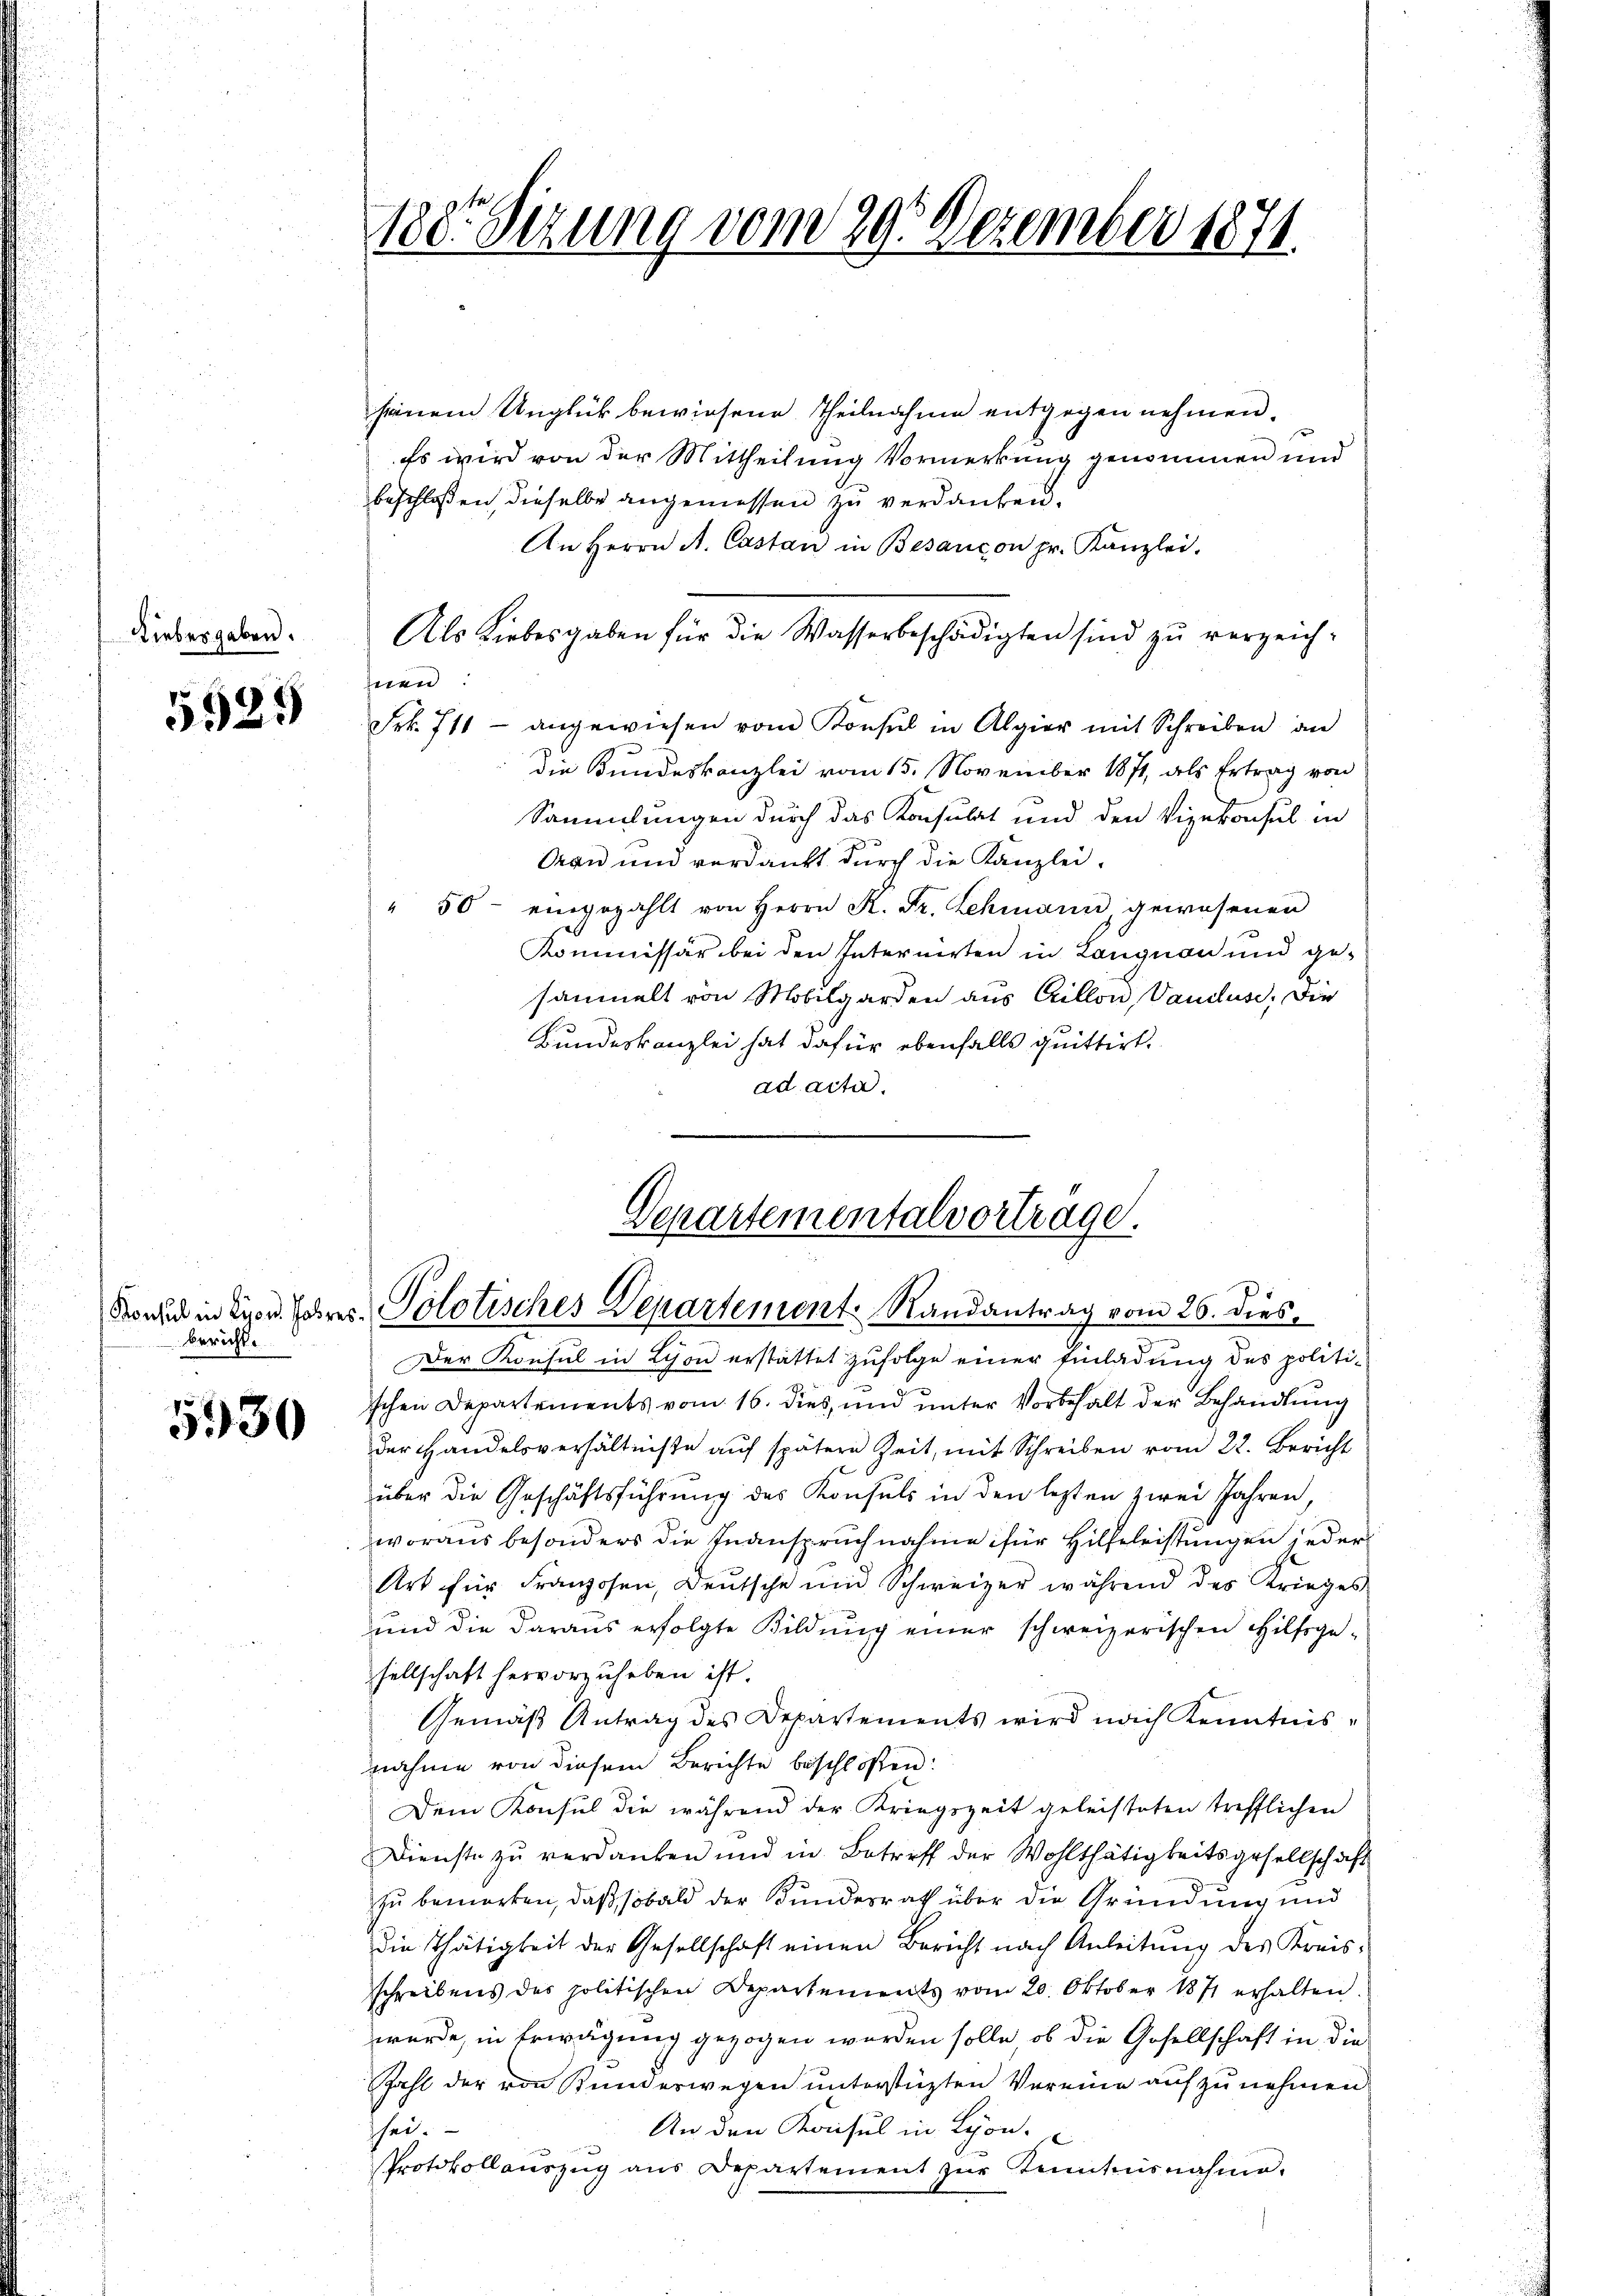
Liebesgaben.

5929

bericht.

5930

180. Sitzung vom 29. Dezember 1871.

seinem Unglück bewiesene Theilnahme entgegen nehmen.
Es wird von der Mittheilung Vormerkung genommen und
beschloßen, dieselbe angemessen zu verdanken.
An Herrn A. Castan in Besançon pr. Kanzlei.
Als Liebesgaben für die Wasserbeschädigten sind zŭ verzeichnen:
Frk. 711 - angewiesen vom Konsul in Algier mit Schreiben an
Die Bundeskanzlei vom 15. November 1871, als Ertrag von
Sammlungen durch das Konsulat und den Vizekonsul in
Seen und verdankt durch die Kanzlei-
" 50- eingezahlt von Herrn K. Fr. Lehmann, gewesenen
Kommissär bei den Internirten in Langnau und gesammelt von Mobilgarden aus Gillon, Vaudlus, die
Bundeskanzlei hat dafür ebenfalls quittirt.
ad acta.

Departementalvortrage.
Fond in die v. Jahres Polotisches Departement. Randantrag vom 26. dies¬

Der Konsul in Schon erstattet zufolge einer Einladung des politischen Departements vom 16. dies, und unter Vorbehalt der Behandlung
der Handelsverhältnisse aŭf spätere Zeit, mit Schreiben vom 22. Bericht
über die Geschäftsführung des Konsuls in den letzten zwei Jahren,
woraus besonders die Inanspruchnahme für Hilfeleistungen jeder
Art für Franzosen, Deutsche und Schweizer während des Krieges
und die daraus erfolgte Bildung einer schweizerischen Hilfsgesellschaft hervorzuheben ist.
Gemäß Antrag des Departements wird nach Kenntnisnahme von diesem Berichte beschlossen:
Dein Konsul die während der Kriegszeit geleisteten trefflichen
Dienste zŭ verdanken und in Betreff der Wohlthätigkeitsgesellschaft
zu bemerken, daß sobald der Bunderrath über die Gründung und
die Thätigkeit der Gesellschaft einen Bericht nach Anleitung des Kreisschreibens des politischen Departements vom 20. Oktober 1871 erhalten.
wurde, in Erwägung gezogen worden solle, ob die Gesellschaft in die
Zahl der von Bunderwegen unterstützten Vereine aufzunehmen
An den Konsul in Schon.
hei.
Protokollauszug aus Departement zŭr Kenntnisnahme.